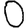
Digit: 0